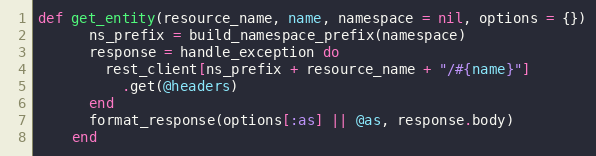
Language: Ruby
def get_entity(resource_name, name, namespace = nil, options = {})
      ns_prefix = build_namespace_prefix(namespace)
      response = handle_exception do
        rest_client[ns_prefix + resource_name + "/#{name}"]
          .get(@headers)
      end
      format_response(options[:as] || @as, response.body)
    end